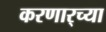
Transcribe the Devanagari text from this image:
करणार्‍च्या